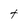
Character: t